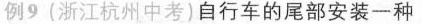
例9(浙江杭州中考)自行车的尾部安装一种